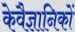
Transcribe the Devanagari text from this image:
केवैज्ञानिकों